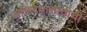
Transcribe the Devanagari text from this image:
अभिनयासाठीची